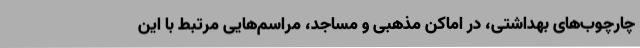
چارچوب‌های بهداشتی، در اماکن مذهبی و مساجد، مراسم‌هایی مرتبط با این